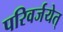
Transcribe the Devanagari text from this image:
परिवर्जयेत्